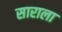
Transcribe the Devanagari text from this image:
साराला